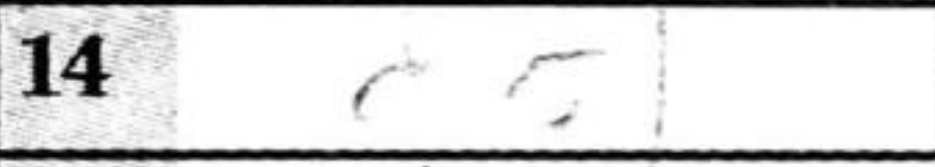
Transcription: c5